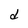
Character: d